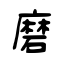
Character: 磨